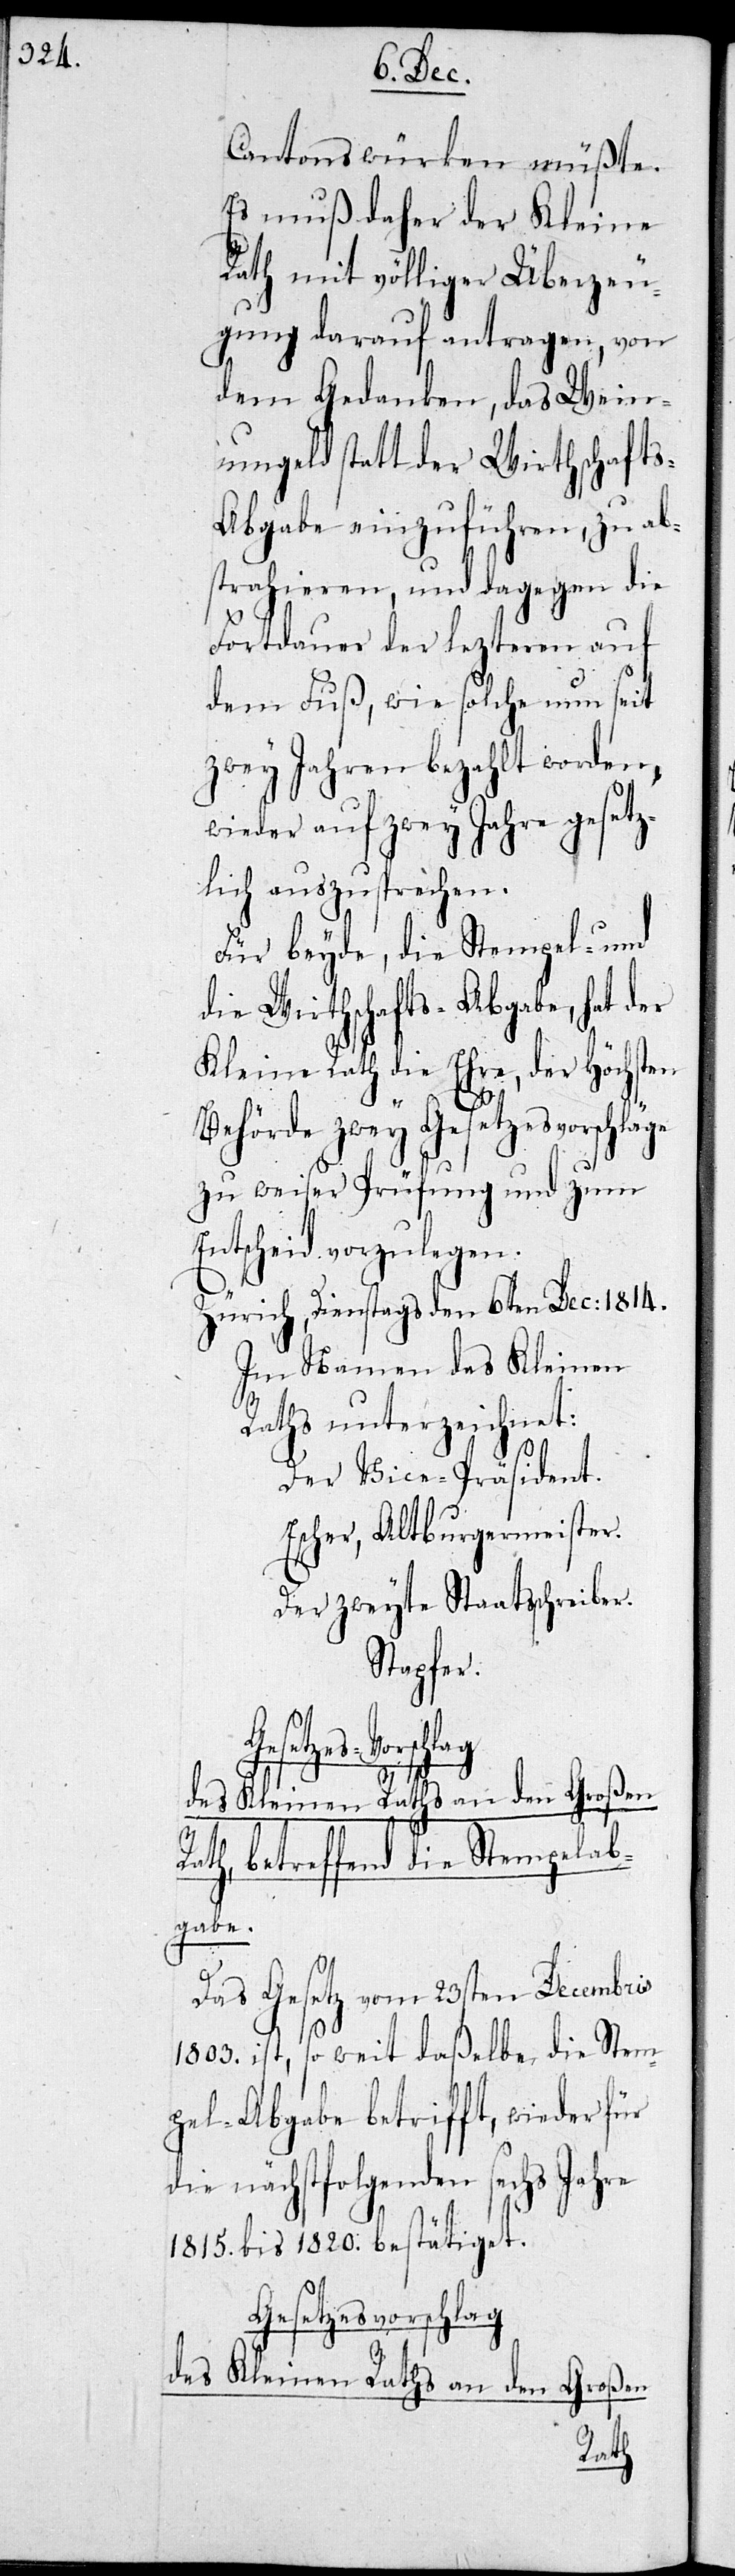
Cantons würken müßte.
Es muß daher der Kleine
Rath mit völliger Überzeu¬
gung darauf antragen, von
dem Gedanken, das Wein¬
umgeld Statt der Wirthschaft¬
s-Abgabe einzuführen, zu abs¬
trahieren, und dagegen die
Fortdauer der lezteren auf
dem Fuß, wie solche nun seit
zwey Jahren bezahlt werden,
wieder auf zwey Jahre gesetz¬
lich auszusprechen.
Für beyde, die Stempel- un¬
d Wirthschafts-Abgabe, hat der
Kleine Rath die Ehre, der höchsten
Behörde zwey Gesetzesvorschläge
zu weiser Prüfung und zum
Entscheid vorzuschlagen.
Zürich, Dienstags den 6ten Dec: 1814.
Im Namen des Kleinen
Raths unterzeichnet:
Der Vice-Präsident
Escher, Altburgermeister
Der zweyte Staatsschreiber
Stapfer.
betreffend die Stempelab¬
gabe.
Das Gesetz vom 23sten Decembris
1803. ist, so weit daßelbe die Stem¬
pel-Abgabe betrifft, wieder für
die nächstfolgenden sechs Jahre
1815. bis 1820. bestätiget.
Gesetzesvorschlag
des Kleinen Raths an den
Großen
Rath,